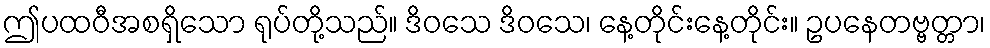
ဤပထဝီအစရှိသော ရုပ်တို့သည်။ ဒိဝသေ ဒိဝသေ၊ နေ့တိုင်းနေ့တိုင်း။ ဥပနေတဗ္ဗတ္တာ၊